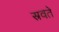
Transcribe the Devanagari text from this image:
स्रवते